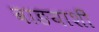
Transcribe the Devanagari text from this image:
वाङयाशीं